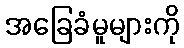
အခြေခံမူများကို